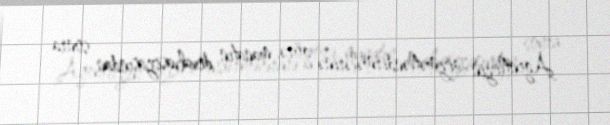
Agentliyin qiymətləndirmələrinə görə, manatın devalvasiyasından sonra